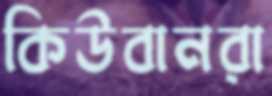
কিউবানরা